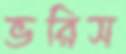
ভরিস